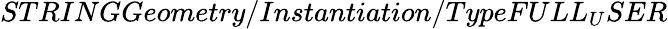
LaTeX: STRINGGeometry/Instantiation/TypeFULL_{U}SER